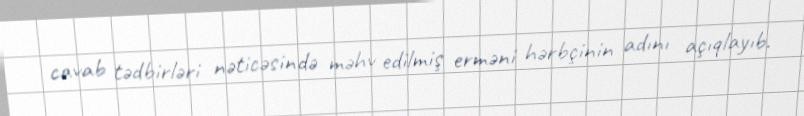
cavab tədbirləri nəticəsində məhv edilmiş erməni hərbçinin adını açıqlayıb.